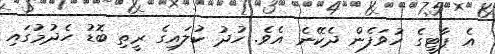
އެ ޕާޓީގެ ހުވަފެން ދެކޭނެ އެވެ. ހުދު ކުލައިގެ ރީތި ބޮޑު ހެދުމުގައި